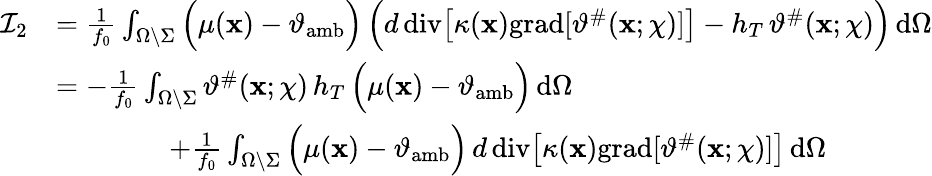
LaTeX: \begin{array}{rl}{\mathcal{I}_{2}}&{=\frac{1}{f_{0}}\int_{\Omega\setminus\Sigma}\Big(\mu(\mathbf{x})-\vartheta_{\mathrm{amb}}\Big)\, \Big(d\, \mathrm{div}\big[\kappa(\mathbf{x})\mathrm{grad}[\vartheta^{\# }(\mathbf{x};\chi)]\big]-h_{T}\, \vartheta^{\# }(\mathbf{x};\chi)\Big)\, \mathrm{d}\Omega}\\ &{=-\frac{1}{f_{0}}\int_{\Omega\setminus\Sigma}\vartheta^{\# }(\mathbf{x};\chi)\, h_{T}\, \Big(\mu(\mathbf{x})-\vartheta_{\mathrm{amb}}\Big)\, \mathrm{d}\Omega}\\ &{\qquad\qquad+\frac{1}{f_{0}}\int_{\Omega\setminus\Sigma}\Big(\mu(\mathbf{x})-\vartheta_{\mathrm{amb}}\Big)\, d\, \mathrm{div}\big[\kappa(\mathbf{x})\mathrm{grad}[\vartheta^{\# }(\mathbf{x};\chi)]\big]\, \mathrm{d}\Omega}\end{array}